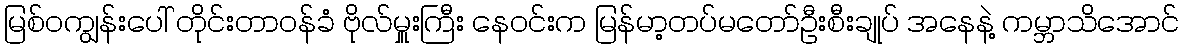
မြစ်ဝကျွန်းပေါ် တိုင်းတာဝန်ခံ ဗိုလ်မှူးကြီး နေဝင်းက မြန်မာ့တပ်မတော်ဦးစီးချုပ် အနေနဲ့ ကမ္ဘာသိအောင်